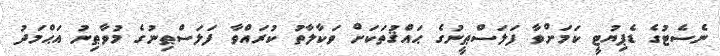
ނެސެޓުގެ ޑެޕިޔުޓީ ކަމަށްވާ ފަލަސްޠީނުގެ ޙައްޤުތަކަށް ވަކާލާތު ކުރައްވާ ފަލަސްޠިނުގެ މުވާޠިނު އަޙްމަދު